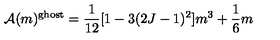
{ \cal A } ( m ) ^ { \mathrm { g h o s t } } = \frac { 1 } { 1 2 } [ 1 - 3 ( 2 J - 1 ) ^ { 2 } ] m ^ { 3 } + \frac { 1 } { 6 } m